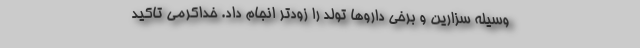
وسیله سزارین و برخی داروها تولد را زودتر انجام داد. خداکرمی تاکید